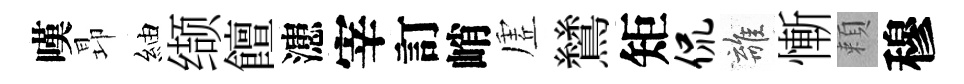
嘆昻紬缬饘漶宰訂峭虗鷥矩侃離慚頼穆